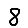
Digit: 8